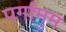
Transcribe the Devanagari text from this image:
पर्गामुम